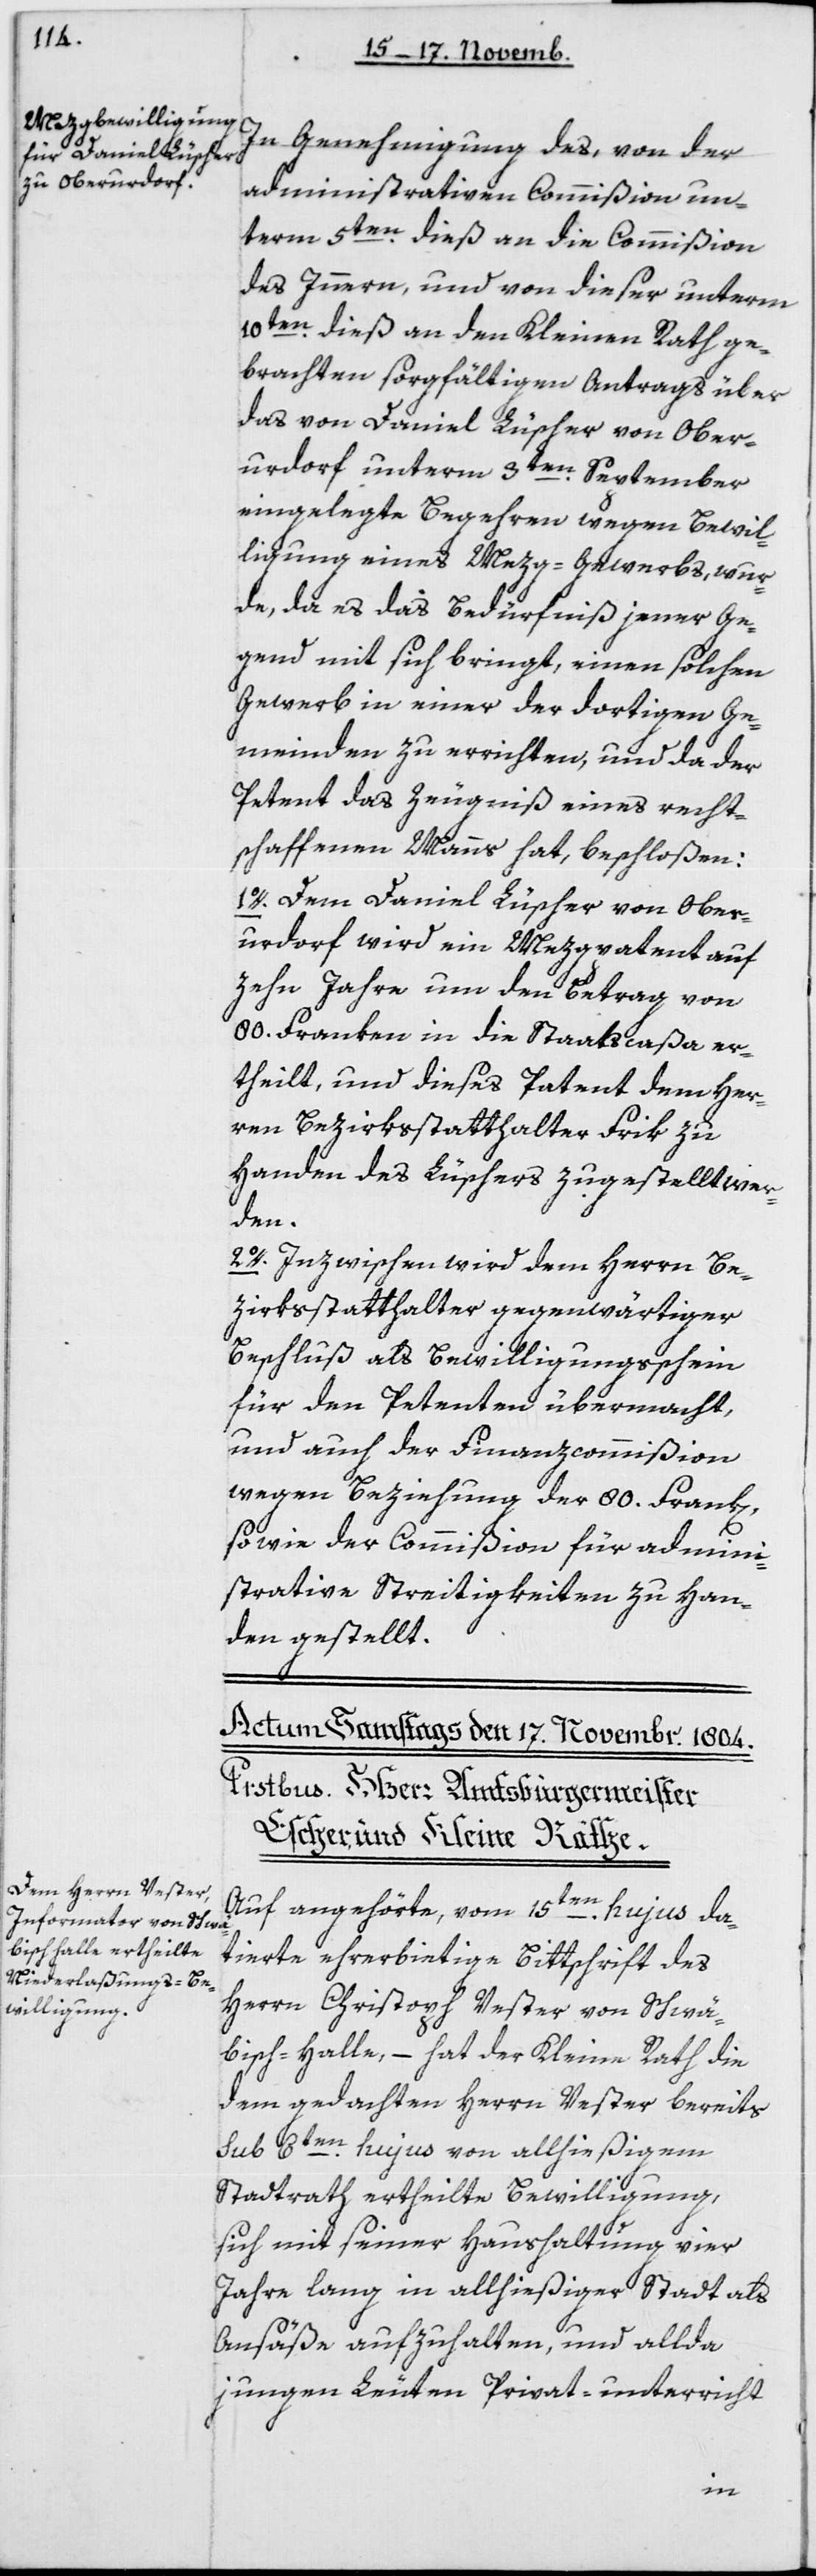
In Genehmigung des, von der
administrativen Commißion un¬
term 5ten dieß an die Commißion
des Innern, und von dieser unterm
10ten dieß an den kleinen Rath ge¬
brachten sorgfältigen Antrags über
das von Daniel Lüscher von Ober¬
urdorf unterm 3ten September
eingelegte Begehren wegen Bewil¬
ligung eines Mezg-Gewerbs, wur¬
de, da es das Bedürfniß jener Ge¬
gend mit sich bringt, einen solchen
Gewerb in einer der dortigen Ge¬
meinden zu errichten, und da der
Petent das Zeugniß eines recht¬
schaffenen Manns hat, beschloßen:
1. Dem Daniel Lüscher von Ober¬
urdorf wird ein Mezgpatent auf
zehn Jahre um den Betrag von
80 Franken in die Staatscaßa er¬
theilt, und dieses Patent dem Her¬
ren Bezirksstatthalter Frik zu
Handen des Lüschers zugestellt wer¬
den.
2. Inzwischen wird dem Herrn Be¬
zirksstatthalter gegenwärtiger
Beschluß als Bewilligungsschein
für den Petenten übermacht,
und auch der Finanzcommißion
wegen Beziehung der 80 Frank[e¬
n]
sowie der Commißion für admini¬
strative Streitigkeiten zu Han¬
den gestellt.
Auf angehörte, vom 15ten hujus da¬
tierte ehrerbietige Bittschrift des
Herrn Christoph Uster von Schwä¬
bisch-Halle, – hat der Kleine Rath die
dem gedachten Herrn Vester bereits
sub 6ten hujus von allhießigem
Stadtrath ertheilte Bewilligung,
sich mit seiner Haushaltung vier
Jahre lang in allhießiger Stadt als
Ansäße aufzuhalten, und allda
jungen Leuten Privatunterricht